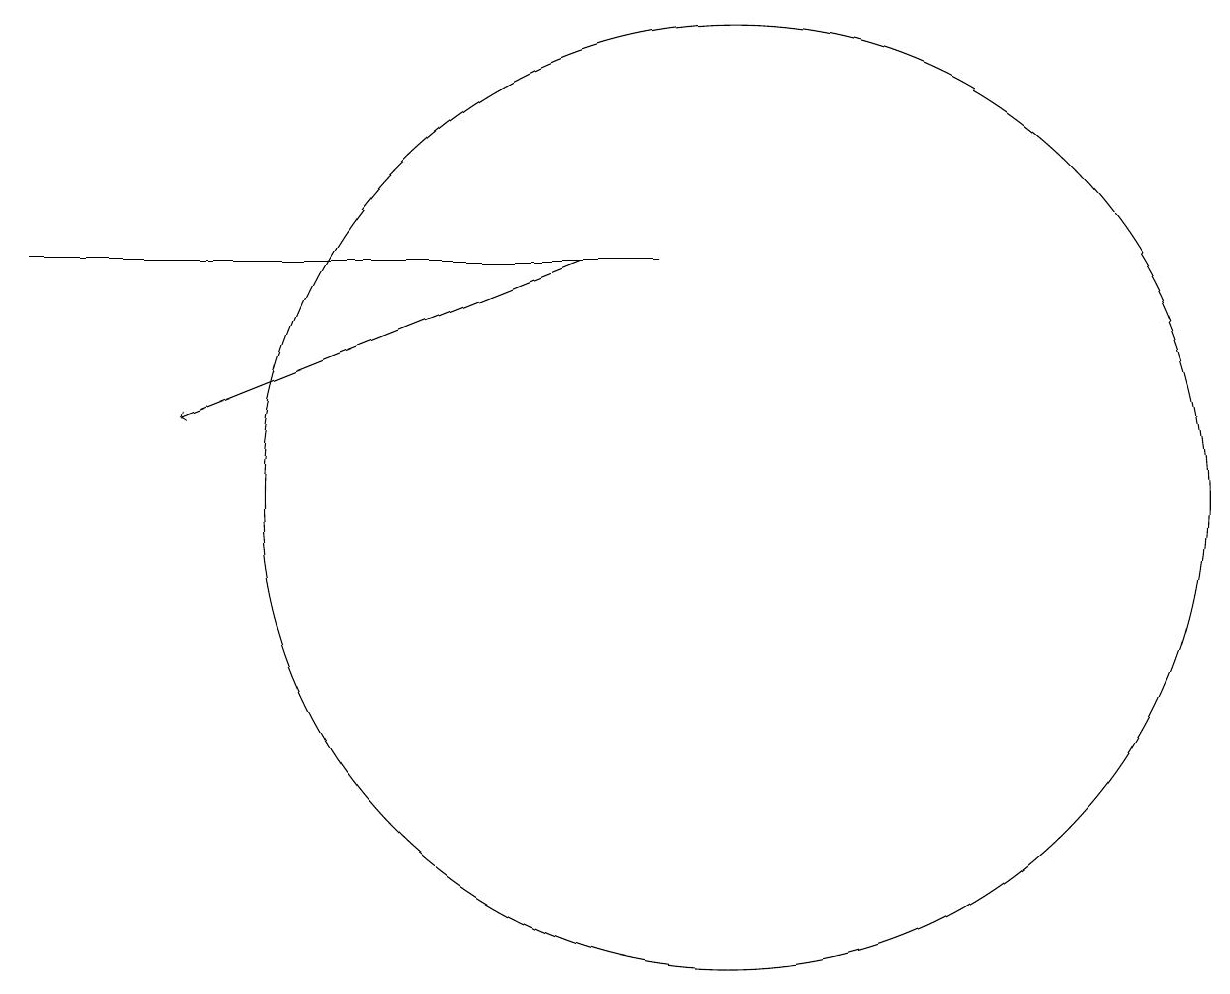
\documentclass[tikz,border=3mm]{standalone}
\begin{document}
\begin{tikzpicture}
\draw[->] (8,13) -- (3,11);
\draw (1,13) rectangle (9,13);
\draw (10,10) circle (6);
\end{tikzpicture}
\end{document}